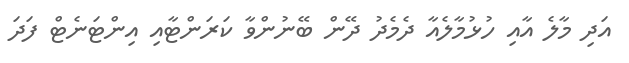
އަދި މާލެ އާއި ހުޅުމާލެއާ ދެމެދު ދޭން ބޭނުންވާ ކަރަންޓާއި އިންޓަނެޓް ފަދަ